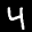
Label: 4